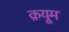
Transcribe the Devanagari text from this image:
क़यूम